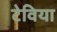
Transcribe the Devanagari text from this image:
टेविया